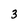
Character: 3